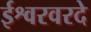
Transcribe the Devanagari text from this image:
ईश्वरवरदे